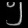
Digit: ၅